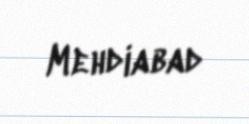
Mehdiabad